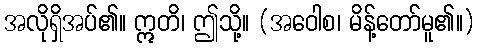
အလိုရှိအပ်၏။ ဣတိ၊ ဤသို့။ (အဝေါစ၊ မိန့်တော်မူ၏။)